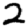
Digit: 2